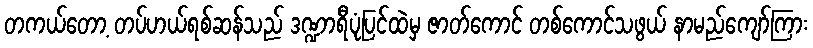
တကယ်တော့ တပ်ဟယ်ရစ်ဆန်သည် ဒဏ္ဍာရီပုံပြင်ထဲမှ ဇာတ်ကောင် တစ်ကောင်သဖွယ် နာမည်ကျော်ကြား